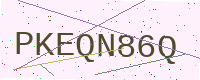
Text: PKEQN86Q